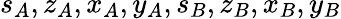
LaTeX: s_{A},z_{A},x_{A},y_{A},s_{B},z_{B},x_{B},y_{B}